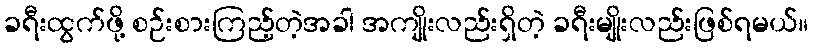
ခရီးထွက်ဖို့ စဉ်းစားကြည့်တဲ့အခါ အကျိုးလည်းရှိတဲ့ ခရီးမျိုးလည်းဖြစ်ရမယ်။